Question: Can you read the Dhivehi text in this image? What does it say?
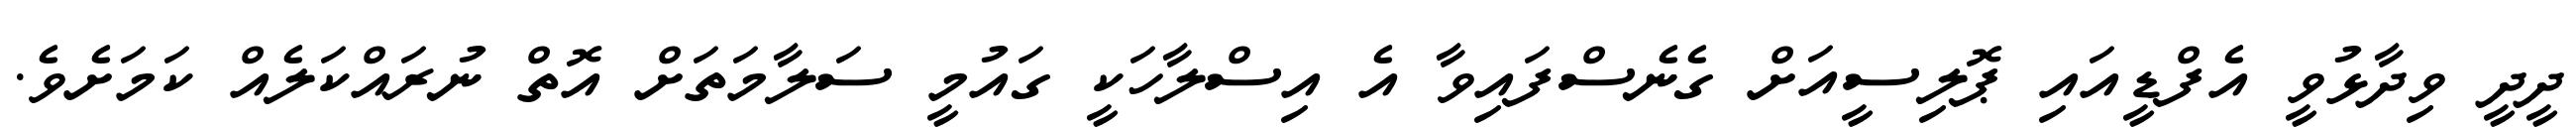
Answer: ދީދީ ވިދާޅުވީ އެފްޑީއައި ޕޮލިސީއަށް ގެނެސްފައިވާ އެ އިސްލާހަކީ ގައުމީ ސަލާމަތަށް އޮތް ނުރައްކަލެއް ކަމަށެވެ.